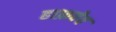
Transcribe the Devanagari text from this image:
हाफ़वेव